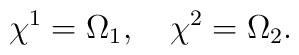
\chi^{1}=\Omega_{1},~~~\chi^{2}=\Omega_{2}.